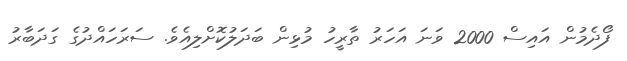
ފޯދެމުން އައިސް 2000 ވަނަ އަހަރު ތާރީހު މުޅިން ބަދަލުކޮށްލިއެވެ. ސަރަހައްދުގެ ގަދަބާރު